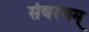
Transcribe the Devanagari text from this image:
संवरणम्